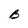
Character: B